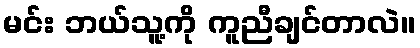
မင်း ဘယ်သူ့ကို ကူညီချင်တာလဲ။